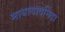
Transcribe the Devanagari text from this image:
मायावादनिंदा